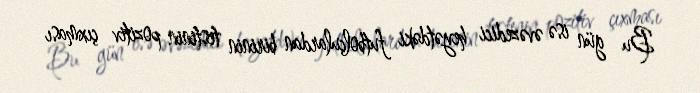
Bu gün isə əvəzedici heyətdəki futbolçulardan birinin testinin pozitiv çıxması